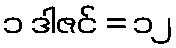
၁ ဒါဇင် = ၁၂